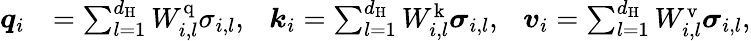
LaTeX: \begin{array}{rl}{\boldsymbol{q}_{i}}&{=\sum_{l=1}^{d_{\mathrm{H}}}W_{i,l}^{\mathrm{q}}\sigma_{i,l},\ \ \ \boldsymbol{k}_{i}=\sum_{l=1}^{d_{\mathrm{H}}}W_{i,l}^{\mathrm{k}}\boldsymbol{\sigma}_{i,l},\ \ \ \boldsymbol{v}_{i}=\sum_{l=1}^{d_{\mathrm{H}}}W_{i,l}^{\mathrm{v}}\boldsymbol{\sigma}_{i,l},}\end{array}